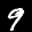
Label: 9